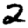
Digit: 2